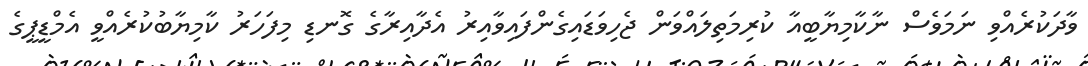
ވާދަކުރެއްވި ނަމަވެސް ނާކާމިޔާބީއާ ކުރިމަތިލައްވަން ޖެހިވަޑައިގެންފައިވާއިރު އެދާއިރާގެ ގޮނޑި މިފަހަރު ކާމިޔާބުކުރެއްވީ އެމްޑީޕީގެ